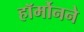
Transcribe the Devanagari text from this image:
हॉर्मोनने